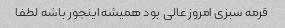
قرمه سبزی امروز عالی بود همیشه اینجور باشه لطفا